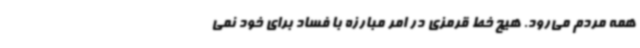
همه مردم می‌رود. هیچ خط قرمزی در امر مبارزه با فساد برای خود نمی‌